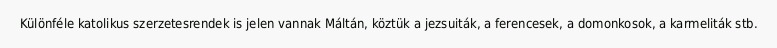
Különféle katolikus szerzetesrendek is jelen vannak Máltán, köztük a jezsuiták, a ferencesek, a domonkosok, a karmeliták stb.